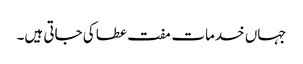
جہاں خدمات مفت عطا کی جاتی ہیں۔